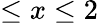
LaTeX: \leq x\leq 2